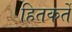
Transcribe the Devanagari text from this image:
हितकर्ते